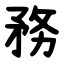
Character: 務